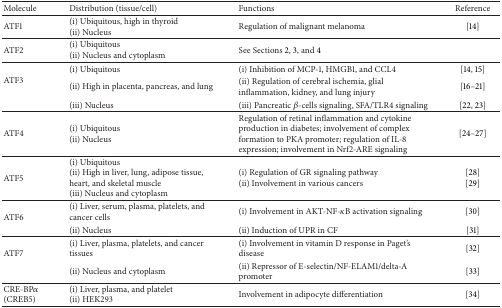
<table><thead><tr><td><b>Molecule</b></td><td><b>Distribution (tissue/cell)</b></td><td><b>Functions</b></td><td><b>Reference</b></td></tr></thead><tbody><tr><td>ATF1</td><td>(i) Ubiquitous, high in thyroid (ii) Nucleus</td><td>Regulation of malignant melanoma</td><td>[14]</td></tr><tr><td>ATF2</td><td>(i) Ubiquitous (ii) Nucleus and cytoplasm</td><td>See Sections 2, 3, and 4</td><td> </td></tr><tr><td rowspan="3">ATF3</td><td>(i) Ubiquitous</td><td>(i) Inhibition of MCP-1, HMGB1, and CCL4</td><td>[14, 15]</td></tr><tr><td>(ii) High in placenta, pancreas, and lung</td><td>(ii) Regulation of cerebral ischemia, glial inflammation, kidney, and lung injury</td><td>[16–21]</td></tr><tr><td>(iii) Nucleus</td><td>(iii) Pancreatic <i>β</i>-cells signaling, SFA/TLR4 signaling</td><td>[22, 23]</td></tr><tr><td>ATF4</td><td>(i) Ubiquitous (ii) Nucleus</td><td>Regulation of retinal inflammation and cytokine production in diabetes; involvement of complex formation to PKA promoter; regulation of IL-8 expression; involvement in Nrf2-ARE signaling </td><td>[24–27]</td></tr><tr><td>ATF5</td><td>(i) Ubiquitous (ii) High in liver, lung, adipose tissue, heart, and skeletal muscle (iii) Nucleus and cytoplasm</td><td>(i) Regulation of GR signaling pathway (ii) Involvement in various cancers</td><td>[28] [29]</td></tr><tr><td rowspan="2">ATF6</td><td>(i) Liver, serum, plasma, platelets, and cancer cells</td><td>(i) Involvement in AKT-NF-<i>κ</i>B activation signaling</td><td>[30]</td></tr><tr><td>(ii) Nucleus</td><td>(ii) Induction of UPR in CF</td><td>[31]</td></tr><tr><td rowspan="2">ATF7</td><td>(i) Liver, plasma, platelets, and cancer tissues</td><td>(i) Involvement in vitamin D response in Paget&#x27;s disease</td><td>[32]</td></tr><tr><td>(ii) Nucleus and cytoplasm</td><td>(ii) Repressor of E-selectin/NF-ELAM1/delta-A promoter</td><td>[33]</td></tr><tr><td>CRE-BP<i>α</i>(CREB5)</td><td>(i) Liver, plasma, and platelet (ii) HEK293</td><td>Involvement in adipocyte differentiation</td><td>[34]</td></tr></tbody></table>